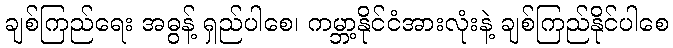
ချစ်ကြည်ရေး အဓွန့် ရှည်ပါစေ၊ ကမ္ဘာ့နိုင်ငံအားလုံးနဲ့ ချစ်ကြည်နိုင်ပါစေ